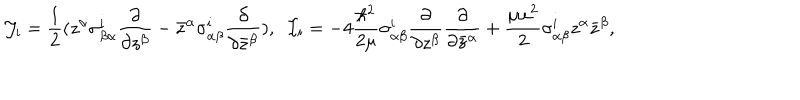
{ \cal J } _ { i } = \frac { 1 } { 2 } ( z ^ { \alpha } \sigma _ { \beta \alpha } ^ { i } \frac { \partial } { \partial z ^ { \beta } } - { \bar { z } } ^ { \alpha } \sigma _ { \alpha \beta } ^ { i } \frac { \partial } { \partial { \bar { z } } ^ { \beta } } ) , \; \; { \cal I } _ { i } = - 4 \frac { \hbar ^ { 2 } } { 2 \mu } \sigma _ { \alpha \beta } ^ { i } \frac { \partial } { \partial z ^ { \beta } } \frac { \partial } { \partial { \bar { z } } ^ { \alpha } } + \frac { \mu \omega ^ { 2 } } { 2 } \sigma _ { \alpha \beta } ^ { i } z ^ { \alpha } { \bar { z } } ^ { \beta } ,